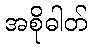
အစိုဓါတ်